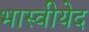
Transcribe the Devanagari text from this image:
भास्वीयेद